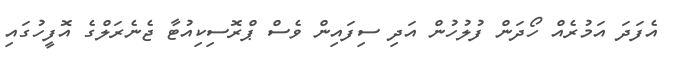
އެފަދަ އަމުރެއް ހޯދަން ފުލުހުން އަދި ސިފައިން ވެސް ޕްރޮސިކިއުޓާ ޖެނެރަލްގެ އޮފީހުގައި